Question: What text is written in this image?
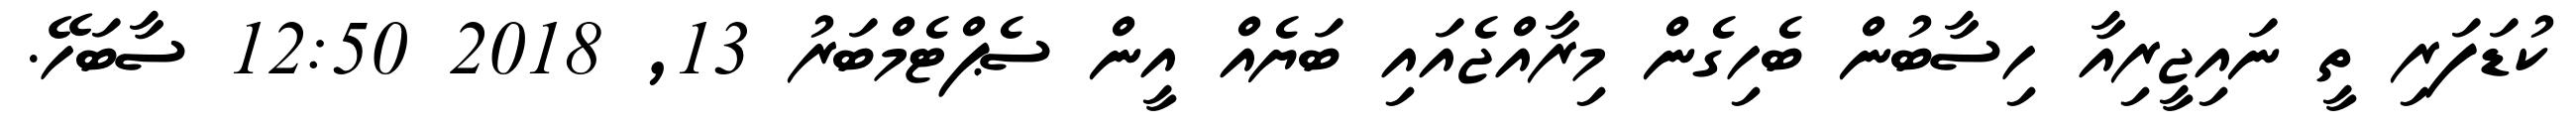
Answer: ކުޑަފަރި ތީ ނައިޖީރިއާ ހިސާބުން ބެހިގެން މިރާއްޖެއައި ބަޔެއް އީން ސެޕްޓެމްބަރު 13, 2018 12:50 ސާބަހޭ.